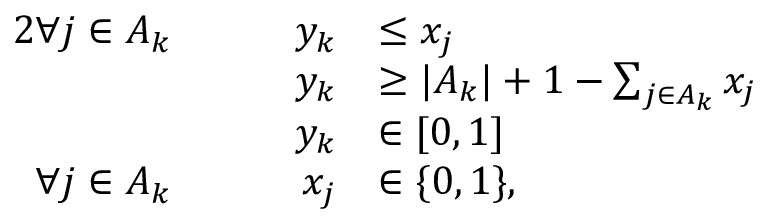
\begin{array} { r l r l } { { 2 } \forall j \in A _ { k } } & { } & { \quad y _ { k } } & { \le x _ { j } } \\ & { } & { \quad y _ { k } } & { \ge | A _ { k } | + 1 - \sum _ { j \in A _ { k } } x _ { j } } \\ & { } & { \quad y _ { k } } & { \in [ 0 , 1 ] } \\ { \forall j \in A _ { k } } & { } & { \quad x _ { j } } & { \in \{ 0 , 1 \} , } \end{array}